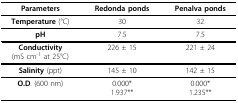
| Parameters | Redonda ponds | Penalva ponds |
 | --- | --- | --- |
 | Temperature (°C) | 30 | 32 |
 | pH | 7.5 | 7.5 |
 | Conductivity(mS cm-1 at 25°C) | 226 ± 15 | 221 ± 24 |
 | Salinity (ppt) | 145 ± 10 | 142 ± 15 |
 | O.D. (600 nm) | 0.000*1.937** | 0.000*1.235** |